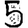
Digit: 5